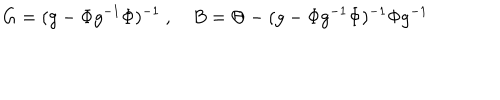
LaTeX: G = ( g - \Phi g ^ { - 1 } \Phi ) ^ { - 1 } \ , \quad B = \Theta - ( g - \Phi g ^ { - 1 } \Phi ) ^ { - 1 } \Phi g ^ { - 1 }